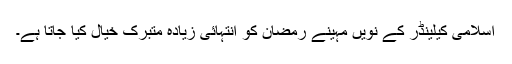
اسلامی کیلینڈر کے نویں مہینے رمضان کو انتہائی زیادہ متبرک خیال کیا جاتا ہے۔